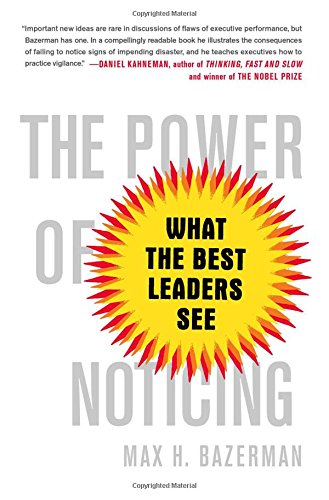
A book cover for The Power of Noticing: What the Best Leaders See; Max Bazerman; Business & Money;